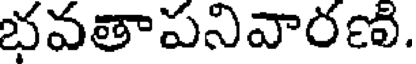
భవతాపనివారణి.